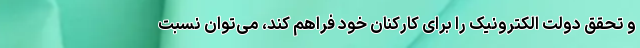
و تحقق دولت الکترونیک را برای کارکنان خود فراهم کند، می‌توان نسبت